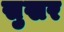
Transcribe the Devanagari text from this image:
सुखर